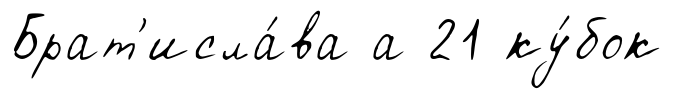
Брат'исла́ва а 21 ку́бок